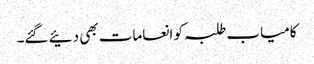
کامیاب طلبہ کو انعامات بھی دئیے گئے۔